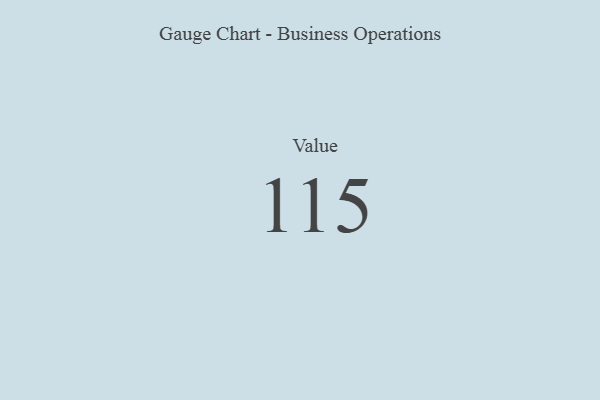
{"axis": {"x": "Metric", "y": "Value"}, "legend": [""], "data": [{"x": "Value", "y": 115, "type": ""}]}